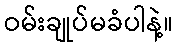
ဝမ်းချုပ်မခံပါနဲ့။